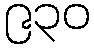
၉၃၀